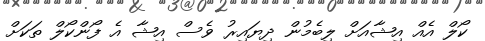
ކޯލް އެއް އިޝާއަށް ލިބެމުން ދިޔައިރު ވެސް އިޝާ އެ ފޯންކޯލް ތަކަށް